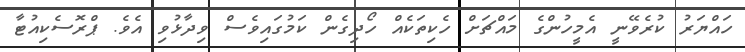
ހައްޔަރު ކުރެވޭނީ އެމީހުންގެ މައްޗަށް ހެކިތަކެއް ހޯދިގެން ކަމުގައިވެސް ވިދާޅުވި އެވެ. ޕްރޮސެކިއުޓާ